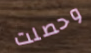
وحصلت